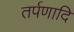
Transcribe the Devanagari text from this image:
तर्पणादि